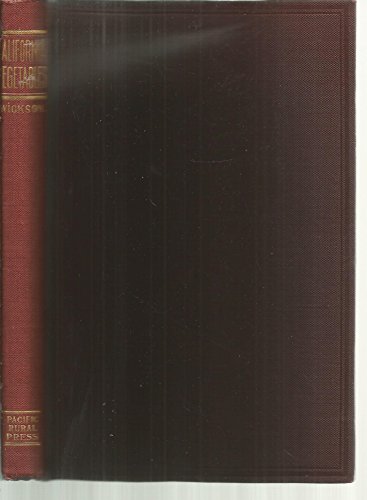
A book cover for The California Vegetables in Garden and Field. a Manual of Practice, With and Without Irrigation, for Semi-Tropical Countries; Edward J. Wickson; Science & Math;